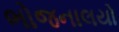
ભોજનાલયો